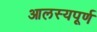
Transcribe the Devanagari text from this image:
आलस्यपूर्ण